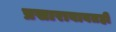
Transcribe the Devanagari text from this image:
प्रसाराबाबतही